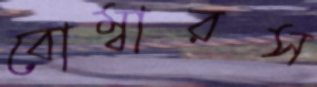
বোম্বারস